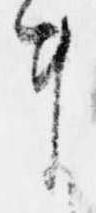
ま